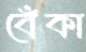
বেঁকা